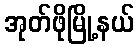
အုတ်ဖိုမြို့နယ်